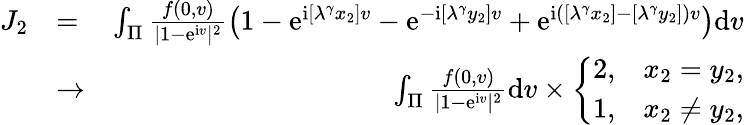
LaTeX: \begin{array}{rlr}{J_{2}}&{=}&{\int_{\Pi}\frac{f(0,v)}{|1-\mathrm e^{\mathrm iv}|^{2}}\big(1-\mathrm e^{\mathrm i[\lambda^{\gamma}x_{2}]v}-\mathrm e^{-\mathrm i[\lambda^{\gamma}y_{2}]v}+\mathrm e^{\mathrm i([\lambda^{\gamma}x_{2}]-[\lambda^{\gamma}y_{2}])v}\big)\mathrm dv}\\ &{\to}&{\int_{\Pi}\frac{f(0,v)}{|1-\mathrm e^{\mathrm iv}|^{2}}\mathrm dv\times\left\{ \begin{array}{ll}{2,}&{x_{2}=y_{2},}\\ {1,}&{x_{2}\ne y_{2},}\end{array}\right.}\end{array}